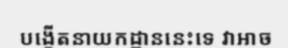
បង្កើតនាយកដ្ឋាននេះទេ វាអាច